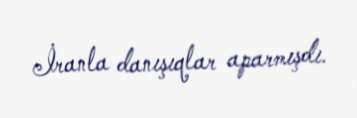
İranla danışıqlar aparmışdı.